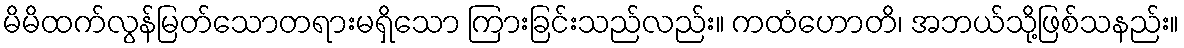
မိမိထက်လွန်မြတ်သောတရားမရှိသော ကြားခြင်းသည်လည်း။ ကထံဟောတိ၊ အဘယ်သို့ဖြစ်သနည်း။